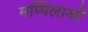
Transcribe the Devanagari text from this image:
मप्पिलाओं